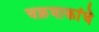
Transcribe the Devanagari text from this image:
चक्रवाकांचे